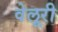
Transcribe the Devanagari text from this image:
वेलूरी